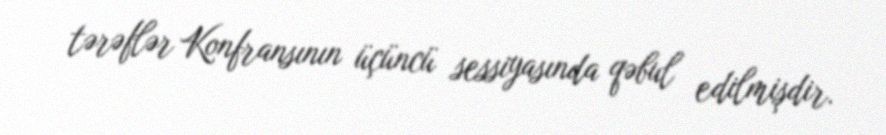
tərəflər Konfransının üçüncü sessiyasında qəbul edilmişdir.